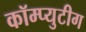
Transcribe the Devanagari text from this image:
कॉम्प्युटीग